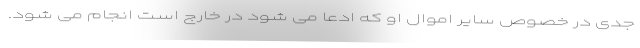
جدی در خصوص سایر اموال او که ادعا می شود در خارج است انجام می شود.